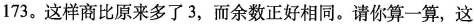
173。这样商比原来多了3，而余数正好相同。请你算一算，这